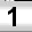
Digit: 1